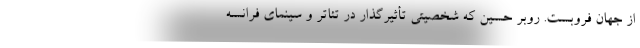
از جهان فروبست. روبر حسین که شخصیتی تأثیرگذار در تئاتر و سینمای فرانسه